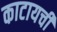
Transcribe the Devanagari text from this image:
काटायची